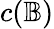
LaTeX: c({\mathbb{B}})